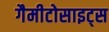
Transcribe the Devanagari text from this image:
गैमीटोसाइट्स